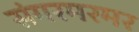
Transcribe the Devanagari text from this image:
संगरमरमर